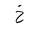
Letter: _kha